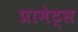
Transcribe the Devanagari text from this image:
प्रामेट्स